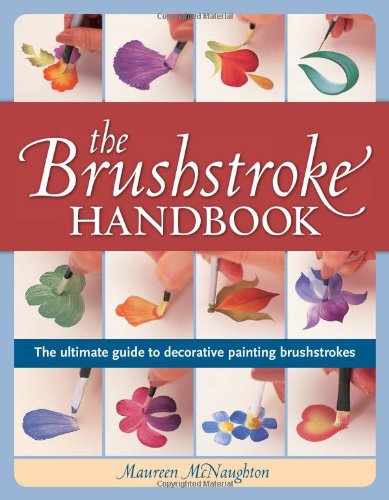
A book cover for The Brushstroke Handbook: The ultimate guide to decorative painting brushstrokes; Maureen McNaughton; Crafts, Hobbies & Home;